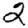
Digit: 2